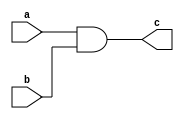
module first(a,b,c);

input a,b;
output c;
assign c=a&b;

endmodule